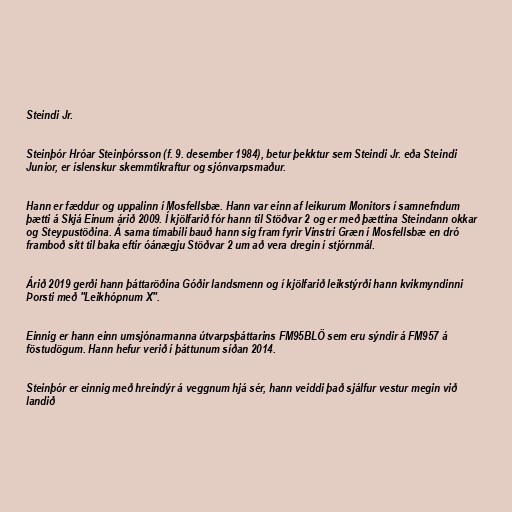
Steindi Jr.

Steinþór Hróar Steinþórsson (f. 9. desember 1984), betur þekktur sem Steindi Jr. eða Steindi
Junior, er íslenskur skemmtikraftur og sjónvarpsmaður.

Hann er fæddur og uppalinn í Mosfellsbæ. Hann var einn af leikurum Monitors í samnefndum
þætti á Skjá Einum árið 2009. Í kjölfarið fór hann til Stöðvar 2 og er með þættina Steindann okkar
og Steypustöðina. Á sama tímabili bauð hann sig fram fyrir Vinstri Græn í Mosfellsbæ en dró
framboð sitt til baka eftir óánægju Stöðvar 2 um að vera dregin í stjórnmál.

Árið 2019 gerði hann þáttaröðina Góðir landsmenn og í kjölfarið leikstýrði hann kvikmyndinni
Þorsti með "Leikhópnum X".

Einnig er hann einn umsjónarmanna útvarpsþáttarins FM95BLÖ sem eru sýndir á FM957 á
föstudögum. Hann hefur verið í þáttunum síðan 2014.

Steinþór er einnig með hreindýr á veggnum hjá sér, hann veiddi það sjálfur vestur megin við
landið